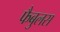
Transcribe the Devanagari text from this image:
फैबुलस